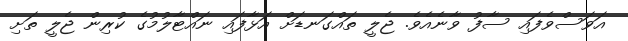
އަވަސްވެފައި ސާފު ވާނެއެވެ. ޖެލީ ތައްގަނޑަށް އަޅާފައި ނައްޓާލުމުގެ ކުރިން ޖެލީ ތަށި